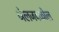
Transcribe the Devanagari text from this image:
जेलजवळील